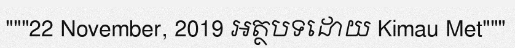
"""22 November, 2019 អត្ថបទដោយ Kimau Met"""